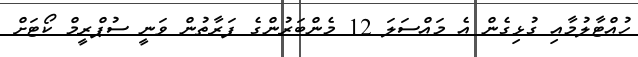
ހުއްޓާލުމާއި ގުޅިގެން އެ މައްސަލަ 12 މެންބަރުންގެ ފަރާތުން ވަނީ ސުޕްރީމް ކޯޓަށް